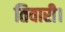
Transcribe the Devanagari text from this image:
तिवारी।